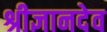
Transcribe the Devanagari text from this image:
श्रीज्ञानदेव